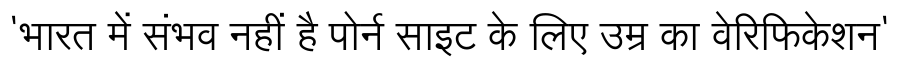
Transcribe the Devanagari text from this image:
'भारत में संभव नहीं है पोर्न साइट के लिए उम्र का वेरिफिकेशन'